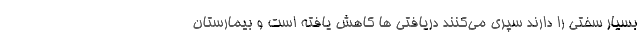
بسیار سختی را دارند سپری می‌کنند دریافتی ها کاهش یافته است و بیمارستان